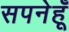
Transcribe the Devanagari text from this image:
सपनेहूँ